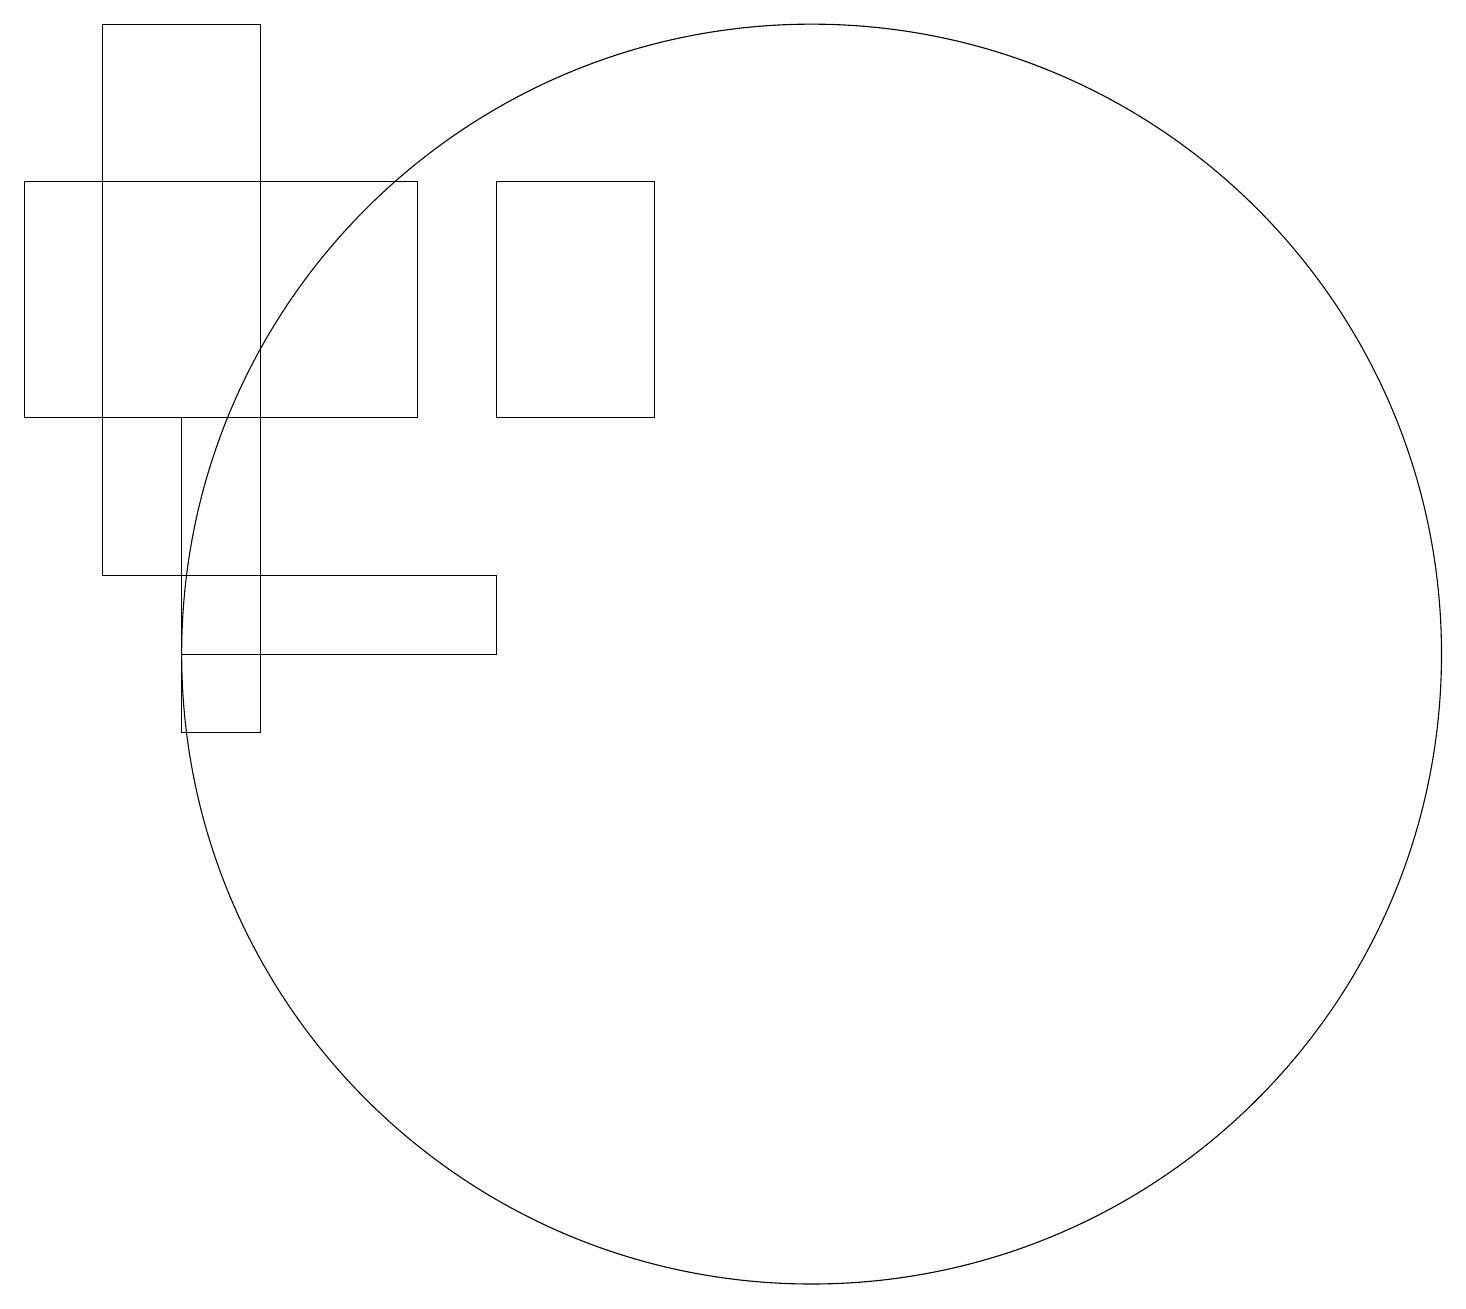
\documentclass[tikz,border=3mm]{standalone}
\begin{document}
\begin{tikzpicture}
\draw (11,11) circle (8);
\draw (1,14) rectangle (6,17);
\draw (9,14) rectangle (7,17);
\draw (2,19) rectangle (4,12);
\draw (4,14) rectangle (3,10);
\draw (3,12) rectangle (7,11);
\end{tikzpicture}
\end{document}